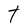
Character: t